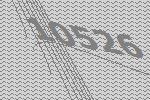
10526